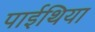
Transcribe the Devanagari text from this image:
पाईथिया